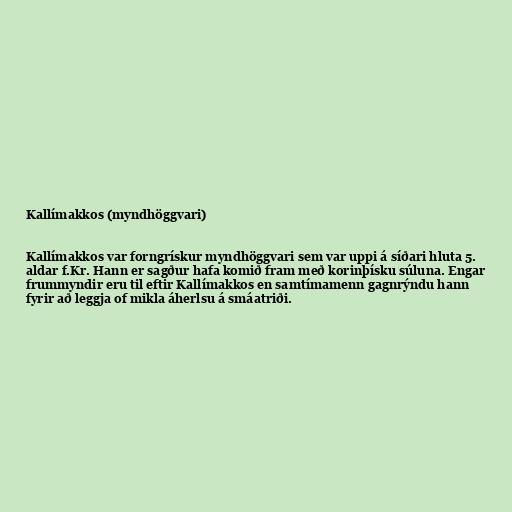
Kallímakkos (myndhöggvari)

Kallímakkos var forngrískur myndhöggvari sem var uppi á síðari hluta 5.
aldar f.Kr. Hann er sagður hafa komið fram með korinþísku súluna. Engar
frummyndir eru til eftir Kallímakkos en samtímamenn gagnrýndu hann
fyrir að leggja of mikla áherlsu á smáatriði.